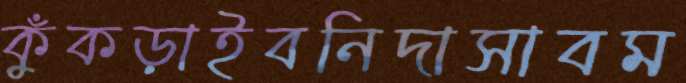
কুঁকড়াইবনিদাসাবম